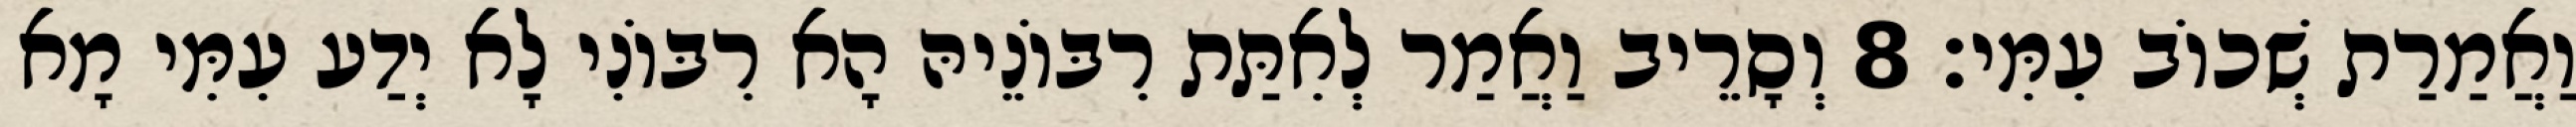
וַאֲמַרַת שְׁכוֹב עִמִּי׃ 8 וְסָרֵיב וַאֲמַר לְאִתַּת רִבּוֹנֵיהּ הָא רִבּוֹנִי לָא יְדַע עִמִּי מָא